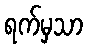
ရက်မှသာ